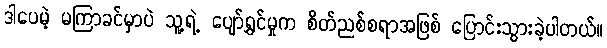
ဒါပေမဲ့ မကြာခင်မှာပဲ သူ့ရဲ့ ပျော်ရွှင်မှုက စိတ်ညစ်စရာအဖြစ် ပြောင်းသွားခဲ့ပါတယ်။